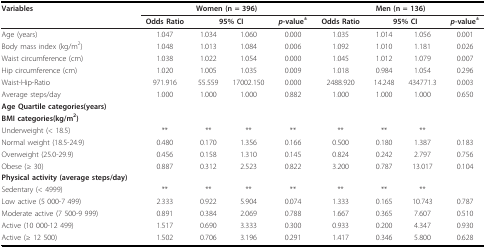
<table><thead><tr><td><b>Variables</b></td><td colspan="4"><b>Women (n = 396)</b></td><td colspan="4"><b>Men (n = 136)</b></td></tr><tr><td></td><td><b>Odds Ratio</b></td><td colspan="2"><b>95% CI</b></td><td><b><i>p</i>-value<sup>±</sup></b></td><td><b>Odds Ratio</b></td><td colspan="2"><b>95% CI</b></td><td><b><i>p</i>-value<sup>±</sup></b></td></tr></thead><tbody><tr><td>Age (years)</td><td>1.047</td><td>1.034</td><td>1.060</td><td>0.000</td><td>1.035</td><td>1.014</td><td>1.056</td><td>0.001</td></tr><tr><td>Body mass index (kg/m<sup>2</sup>)</td><td>1.048</td><td>1.013</td><td>1.084</td><td>0.006</td><td>1.092</td><td>1.010</td><td>1.181</td><td>0.026</td></tr><tr><td>Waist circumference (cm)</td><td>1.038</td><td>1.022</td><td>1.054</td><td>0.000</td><td>1.045</td><td>1.012</td><td>1.079</td><td>0.007</td></tr><tr><td>Hip circumference (cm)</td><td>1.020</td><td>1.005</td><td>1.035</td><td>0.009</td><td>1.018</td><td>0.984</td><td>1.054</td><td>0.296</td></tr><tr><td>Waist-Hip-Ratio</td><td>971.916</td><td>55.559</td><td>17002.150</td><td>0.000</td><td>2488.920</td><td>14.248</td><td>434771.3</td><td>0.003</td></tr><tr><td>Average steps/day</td><td>1.000</td><td>1.000</td><td>1.000</td><td>0.882</td><td>1.000</td><td>1.000</td><td>1.000</td><td>0.650</td></tr><tr><td><b>Age Quartile categories(years)</b></td><td></td><td></td><td></td><td></td><td></td><td></td><td></td><td></td></tr><tr><td><b>BMI categories(kg/m<sup>2</sup>)</b></td><td></td><td></td><td></td><td></td><td></td><td></td><td></td><td></td></tr><tr><td>Underweight (&lt; 18.5)</td><td>**</td><td>**</td><td>**</td><td>**</td><td>**</td><td>**</td><td>**</td><td></td></tr><tr><td>Normal weight (18.5-24.9)</td><td>0.480</td><td>0.170</td><td>1.356</td><td>0.166</td><td>0.500</td><td>0.180</td><td>1.387</td><td>0.183</td></tr><tr><td>Overweight (25.0-29.9)</td><td>0.456</td><td>0.158</td><td>1.310</td><td>0.145</td><td>0.824</td><td>0.242</td><td>2.797</td><td>0.756</td></tr><tr><td>Obese (≥ 30)</td><td>0.887</td><td>0.312</td><td>2.523</td><td>0.822</td><td>3.200</td><td>0.787</td><td>13.017</td><td>0.104</td></tr><tr><td><b>Physical activity (average steps/day)</b></td><td></td><td></td><td></td><td></td><td></td><td></td><td></td><td></td></tr><tr><td>Sedentary (&lt; 4999)</td><td>**</td><td>**</td><td>**</td><td>**</td><td>**</td><td>**</td><td>**</td><td></td></tr><tr><td>Low active (5 000-7 499)</td><td>2.333</td><td>0.922</td><td>5.904</td><td>0.074</td><td>1.333</td><td>0.165</td><td>10.743</td><td>0.787</td></tr><tr><td>Moderate active (7 500-9 999)</td><td>0.891</td><td>0.384</td><td>2.069</td><td>0.788</td><td>1.667</td><td>0.365</td><td>7.607</td><td>0.510</td></tr><tr><td>Active (10 000-12 499)</td><td>1.517</td><td>0.690</td><td>3.333</td><td>0.300</td><td>0.933</td><td>0.200</td><td>4.347</td><td>0.930</td></tr><tr><td>Active (≥ 12 500)</td><td>1.502</td><td>0.706</td><td>3.196</td><td>0.291</td><td>1.417</td><td>0.346</td><td>5.800</td><td>0.628</td></tr></tbody></table>